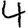
Digit: 4